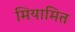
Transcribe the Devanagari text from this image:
मियामित